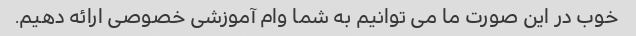
خوب در این صورت ما می توانیم به شما وام آموزشی خصوصی ارائه دهیم.